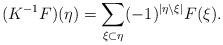
LaTeX: \begin{align*} (K^{-1}F)(\eta) = \sum \limits_{\xi \subset \eta}(-1)^{|\eta \backslash \xi|}F(\xi).\end{align*}